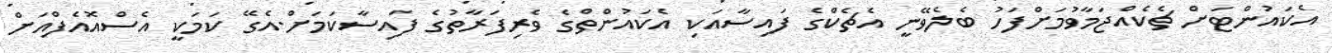
އެކައުންޓަށް ޗެކެއްޖަމާވުމަށްފަހު ބެލެވޭނީ އެޗެކްގެ ފައިސާއަކި އެކައުންތްގެ ވެރިފަރާތުގެ ފައިސާކަމަށް.އެގޭ ކަމަކީ އެސްއޮއެފްއަށް